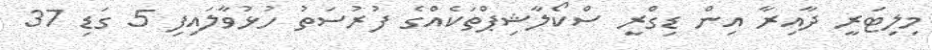
މިލިޓަރީ ދާއިރާ އިން ޑިގްރީ ސްކޯލާޝިޕްތަކެއްގެ ފުރުސަތު ހުޅުވާލައިފި 5 ގަޑި 37